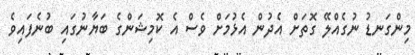
މިންގަނޑު ނުގެއްލޭ ގޮތަށް އެދުން އެޅުމަށް ވެސް އެ ކޮމިޝަންގެ ބަޔާނުގައި ބުނެފައިވެ